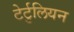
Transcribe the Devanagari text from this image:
टेर्टुलियन